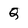
Character: Q